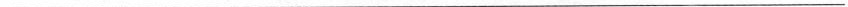
___